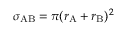
\sigma _ { \mathrm { A B } } = \pi ( r _ { \mathrm { A } } + r _ { \mathrm { B } } ) ^ { 2 }